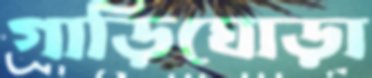
গাড়িঘোড়া